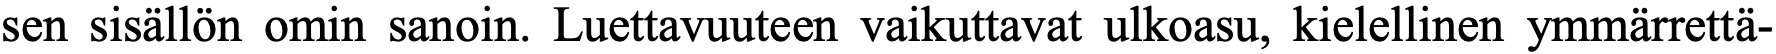
sen sisällön omin sanoin. Luettavuuteen vaikuttavat ulkoasu, kielellinen ymmärrettä-